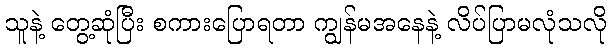
သူနဲ့ တွေ့ဆုံပြီး စကားပြောရတာ ကျွန်မအနေနဲ့ လိပ်ပြာမလုံသလို